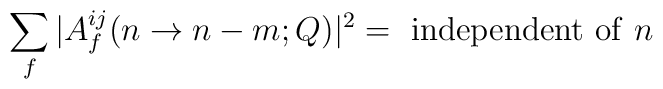
\sum_{f} |A^{ij}_{f} (n \to n-m;Q)|^2 = {\rm~independent~ of~}n